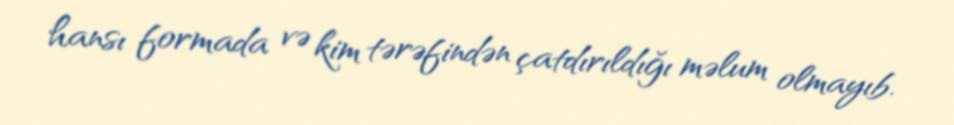
hansı formada və kim tərəfindən çatdırıldığı məlum olmayıb.